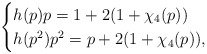
\begin{align*}\begin{cases}h(p)p = 1+2(1+\chi_4(p))\\h(p^2)p^2 = p+2(1+\chi_4(p)),\end{cases}\end{align*}